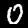
Digit: 0